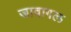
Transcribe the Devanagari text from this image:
जावागल